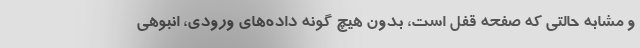
و مشابه حالتی که صفحه قفل است، بدون هیچ گونه داده‌های ورودی، انبوهی